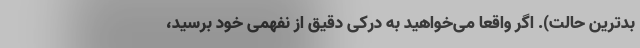
بدترین حالت). اگر واقعاً می‌خواهید به درکی دقیق از نفهمی خود برسید،